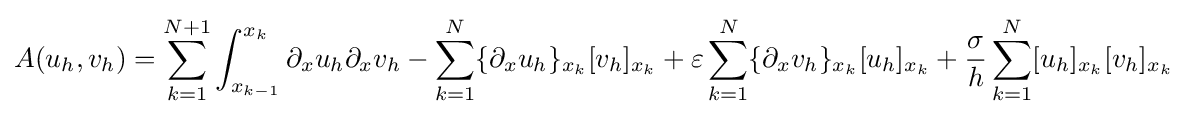
A(u_{h},v_{h})=\sum _{k=1}^{N+1}\int _{x_{k-1}}^{x_{k}}\partial _{x}u_{h}\partial _{x}v_{h}-\sum _{k=1}^{N}\{\partial _{x}u_{h}\}_{x_{k}}[v_{h}]_{x_{k}}+\varepsilon \sum _{k=1}^{N}\{\partial _{x}v_{h}\}_{x_{k}}[u_{h}]_{x_{k}}+{\frac {\sigma }{h}}\sum _{k=1}^{N}[u_{h}]_{x_{k}}[v_{h}]_{x_{k}}